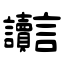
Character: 讟